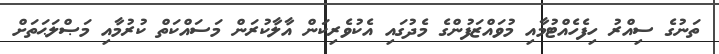
ތަނުގެ ސިއްރު ހިފެހެއްޓުމާއި މުވައްޒަފުންގެ މެދުގައި އެކުވެރިކަން އާލާކުރަން މަސައްކަތް ކުރުމާއި މަޞްލަޙަތަށް